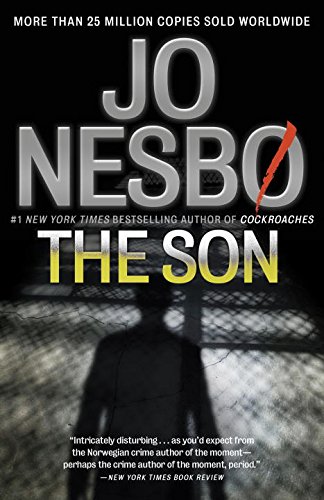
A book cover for The Son (Vintage Crime/Black Lizard); Jo Nesbo; Mystery, Thriller & Suspense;